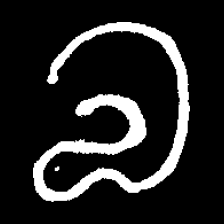
Pyu character \u2014 Myanmar letter: လ (romanized: la)